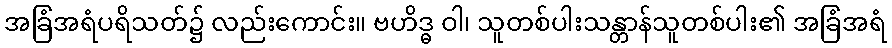
အခြံအရံပရိသတ်၌ လည်းကောင်း။ ဗဟိဒ္ဓ ဝါ၊ သူတစ်ပါးသန္တာန်သူတစ်ပါး၏ အခြံအရံ